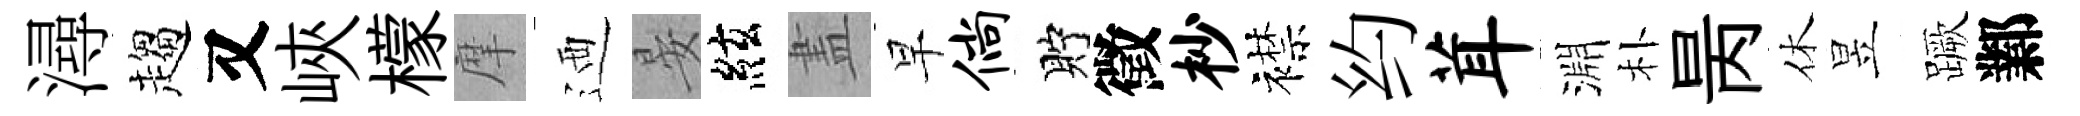
潯趨又峽檬摩迺晏絃𥁞早倘貯徵杪襟约茸淵朴昺休昱蹶鄴